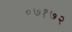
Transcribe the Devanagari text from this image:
०७१७२